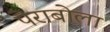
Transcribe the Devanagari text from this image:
पेराबोला